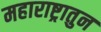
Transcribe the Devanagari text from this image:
महाराष्ट्रातुन